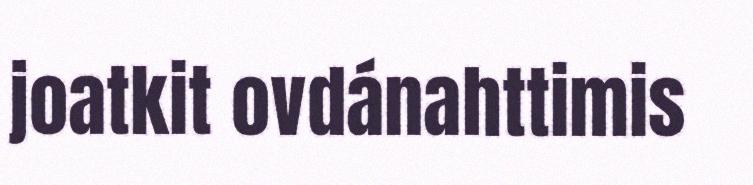
joatkit ovdánahttimis